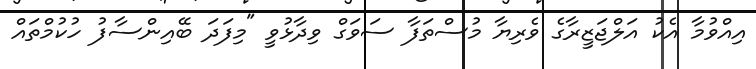
އިއްވުމާ އެކު އަލްޖަޒީރާގެ ވެރިޔާ މުސްތަފާ ސަވަގް ވިދާޅުވީ "މިފަދަ ބޭއިންސާފު ހުކުމްތައް